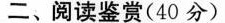
二、阅读鉴赏(40分)